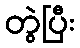
တွဲပြီး